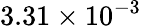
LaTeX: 3.31\times 10^{-3}